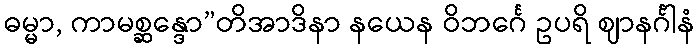
ဓမ္မာ, ကာမစ္ဆန္ဒော”တိအာဒိနာ နယေန ဝိဘင်္ဂေ ဥပရိ ဈာနင်္ဂါနံ